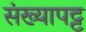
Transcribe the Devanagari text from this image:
संख्यापट्ट